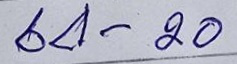
64 - 20